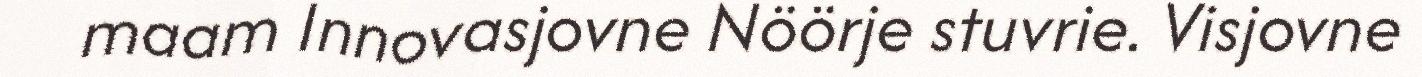
maam Innovasjovne Nöörje stuvrie. Visjovne